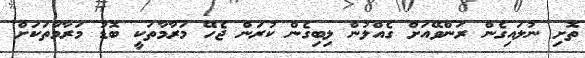
ތޮށި ނުލައިގެން ރަންވޭއަށް ގެއްލުން ލިބިގެން ކުރަން ޖެހޭ މަރާމާތަކީ ބޮޑު މަރާމާތަކަށް